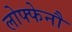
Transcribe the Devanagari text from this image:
लोफ्फेनौ